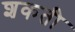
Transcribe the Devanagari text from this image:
शकती